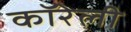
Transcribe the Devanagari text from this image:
कॉरेली